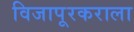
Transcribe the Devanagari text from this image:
विजापूरकराला